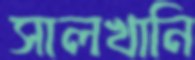
সালখানি